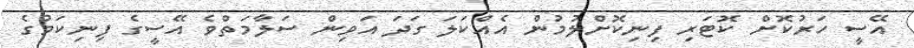
އޭސީ ހަރުކޮށް ކޮޓަރި ފިނިކޮށްލުމުން އެއްކަލަ ގަދަ އަވިން ސަލާމަތްވެ އޭސީގެ ފިނިކަމުގެ